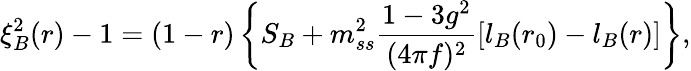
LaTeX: \xi_{B}^{2}(r)-1=(1-r)\left\{ S_{B}+m_{ss}^{2}\frac{1-3g^{2}}{(4\pi f)^{2}}\left[l_{B}(r_{0})-l_{B}(r)\right]\right\} ,